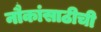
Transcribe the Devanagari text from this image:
नौकांसाठीची